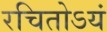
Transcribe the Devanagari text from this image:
रचितोऽयं